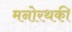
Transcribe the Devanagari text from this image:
मनोरथकी